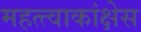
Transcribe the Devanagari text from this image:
महत्त्वाकांक्षेस